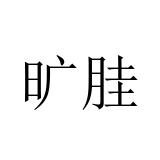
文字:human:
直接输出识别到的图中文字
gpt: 旷胿